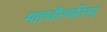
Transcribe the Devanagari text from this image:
महावीरचरितम्